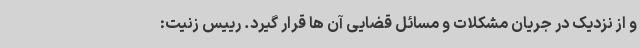
و از نزدیک در جریان مشکلات و مسائل قضایی آن ها قرار گیرد. رییس زنیت: